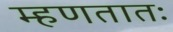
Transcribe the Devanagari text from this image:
म्हणतातः